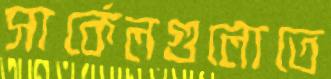
সার্কেলগুলোতে